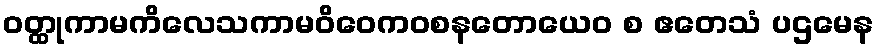
ဝတ္ထုကာမကိလေသကာမဝိဝေကဝစနတောယေဝ စ ဧတေသံ ပဌမေန